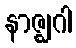
နာဇ္ဈဂါ